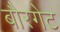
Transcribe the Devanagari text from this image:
बौरगेट